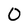
Character: 0